Lunatic asylums Bombay report 1878-1890 - 1878-1890
Year: 1878
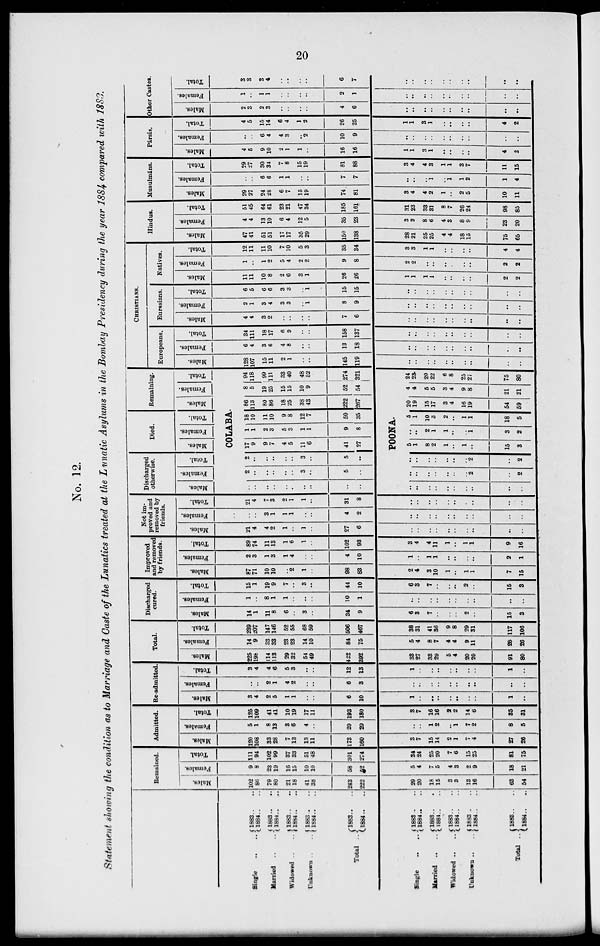
20
No. 12.
Statement showing the condition as to Marriage and Caste of the Lunatics treated at the Lunatic Asylums in the Bombay Presidency during the year 1884 compared with 1883.
Single .. ..
Married .. ..
Widowed .. ..
Unknown .. ..
Total ..
Single
.. ..
Married ..
..
Widowed ..
..
Unknown ..
..
Total ..
1883 .. ..
1884 .. ..
1883 .. ..
1884 .. ..
1883 .. ..
1884 .. ..
1883 .. ..
1884 .. ..
1883 .. ..
1884 .. ..
1883 .. ..
1884 .. ..
1883 .. ..
1884 .. ..
1883 .. ..
1884 .. ..
1883 .. ..
1884 .. ..
1883 .. ..
1884 .. ..
Remained.
Males.
102
86
79
80
21
18
41
38
243
222
29
20
18
15
3
3
13
16
63
54
Females.
9
8
23
19
16
15
10
10
58
52
5
4
7
5
4
3
2
9
18
21
Total.
111
94
102
99
37
33
51
48
301
274
34
24
25
20
7
6
15
25
81
75
Admitted.
Males.
120
108
33
28
7
13
13
11
173
160
3
7
15
14
2
1
7
4
27
26
Females.
5
1
8
13
3
6
4
..
20
20
..
..
1
2
..
1
7
2
8
5
Total.
125
109
41
41
10
19
17
11
193
180
3
7
16
16
2
2
14
6
35
31
Re-admitted.
Males.
3
4
2
5
1
1
..
..
6
10
1
..
..
..
..
..
..
..
1
..
Females.
..
..
2
1
4
2
..
..
6
3
..
..
..
..
..
..
..
..
..
..
Total.
3
4
4
6
5
3
..
..
12
13
1
..
..
..
..
..
..
..
1
..
Total.
Males.
225
198
114
113
29
32
54
49
422
392
33
27
33
29
5
4
20
20
91
80
Females.
14
9
33
33
23
23
14
10
84
75
5
4
8
7
4
4
9
11
26
26
Total.
239
207
147
146
52
55
68
59
506
467
38
31
41
36
9
8
29
31
117
106
Discharged
cured.
Males.
14
1
11
8
6
..
3
..
34
9
6
3
7
..
..
..
2
..
15
3
Females.
1
..
8
1
1
..
..
..
10
1
..
..
..
..
..
Total.
15
1
19
9
7
..
3
..
44
10
6
3
7
..
..
..
..
..
..
..
2
..
15
3
Improved
and removed
by friends.
Males.
87
71
10
10
..
2
1
..
98
83
2
4
3
10
1
..
1
1
7
15
Females.
2
3
1
3
1
4
..
..
4
10
1
..
4
1
..
..
..
..
2
1
Total.
89
74
11
13
1
6
1
..
102
93
3
4
4
11
1
..
1
1
9
16
Not im-
proved and
removed by
friends.
Males.
21
4
4
2
1
..
1
..
27
6
..
..
..
..
..
..
..
..
..
..
Females.
..
..
3
1
1
1
..
..
4
2
..
..
..
..
..
..
..
..
..
..
Total.
21
4
7
3
2
1
1
..
31
8
..
..
..
..
..
..
..
..
..
..
Discharged
otherwise.
Males.
Females.
Total.
Died.
Males.
Females.
Total.
Remaining.
Males.
Females.
Total.
COLABA.
..
..
..
..
..
..
..
..
..
..
2
..
..
..
..
..
3
..
5
..
2
..
..
..
..
..
3
..
5
..
17
9
9
7
4
5
11
6
41
27
1
1
2
3
5
3
1
1
9
8
18
10
11
10
9
8
12
7
50
35
86
113
80
86
18
25
38
43
222
267
8
5
19
25
15
15
10
9
52
54
94
118
99
111
33
40
48
52
274
321
POONA.
..
..
..
..
..
..
..
..
..
..
..
..
..
..
..
..
..
2
..
2
..
..
..
..
..
..
..
2
..
2
5
1
8
2
1
..
1
..
15
3
..
..
2
1
1
..
..
1
3
2
5
1
10
3
2
..
1
1
18
5
20
19
15
17
3
4
16
19
54
59
4
4
5
5
3
4
9
8
21
21
24
23
20
22
6
8
25
27
75
80
CHRISTIANS.
Europeans.
Males.
128
107
15
11
2
1
..
..
145
119
..
..
..
..
..
..
..
..
..
..
Females.
6
4
3
6
4
8
..
..
13
18
..
..
..
..
..
..
..
..
..
..
Total.
34
111
18
17
6
9
..
..
158
137
..
..
..
..
..
..
..
..
..
..
Eurasians.
Males.
4
4
3
2
..
..
..
..
7
6
..
..
..
..
..
..
..
..
..
..
Females.
2
1
3
4
3
3
..
1
8
9
..
..
..
..
..
..
..
..
..
..
Total.
6
5
6
6
3
3
..
1
15
15
..
..
..
..
..
..
..
..
..
..
Natives.
Males.
11
11
10
8
2
6
3
1
26
26
1
1
1
1
..
..
..
..
2
2
Females.
1
..
1
2
5
4
2
2
9
8
2
2
..
..
..
..
..
..
2
2
Total.
12
11
11
10
7
10
5
3
35
34
3
3
1
1
..
..
..
..
4
4
Hindus.
Males.
47
41
51
51
17
17
35
29
150
138
28
21
25
25
4
4
18
15
75
65
Females.
4
4
13
10
6
4
12
5
35
23
3
2
8
6
4
3
8
9
23
20
Total.
51
45
64
61
23
21
47
34
185
161
31
23
33
31
8
7
26
24
98
85
Musulmáns.
Males.
29
27
24
28
6
7
15
19
74
81
3
4
4
2
1
..
2
5
10
11
Females.
..
..
6
6
1
1
..
..
7
7
..
..
..
1
..
l
1
2
1
4
Total.
29
27
30
34
7
8
15
19
81
88
3
4
4
3
1
1
3
7
11
15
Pársis.
Males.
4
5
9
10
2
1
1
..
16
16
1
1
3
1
..
..
..
..
4
2
Females.
..
..
6
4
4
3
..
2
10
9
..
..
..
..
..
..
..
..
..
..
Total.
4
5
15
14
6
4
1
2
26
25
1
1
3
1
..
..
..
..
4
2
Other Castes.
Males.
2
3
2
3
..
..
..
..
4
6
..
..
..
..
..
..
..
..
..
..
Females.
1
..
1
1
..
..
..
..
2
1
..
..
..
..
..
..
..
..
..
..
Total.
3
3
3
4
..
..
..
..
6
7
..
..
..
..
..
..
..
..
..
..